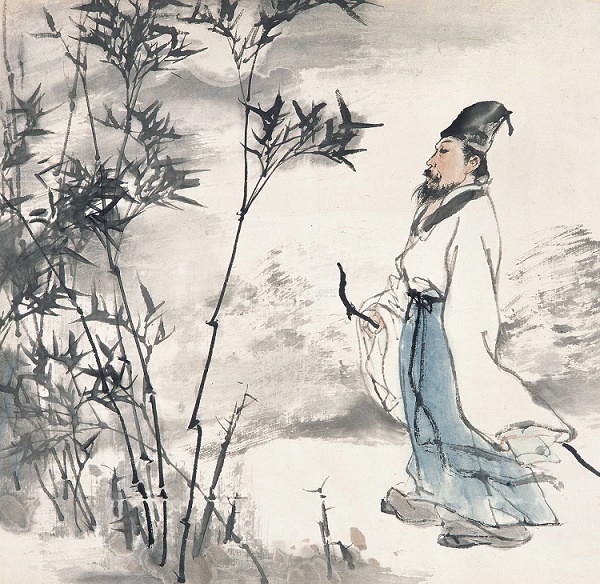
天涯倦客，山中归路，望断故园心眼。